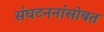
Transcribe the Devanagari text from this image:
संघटननांसोबत